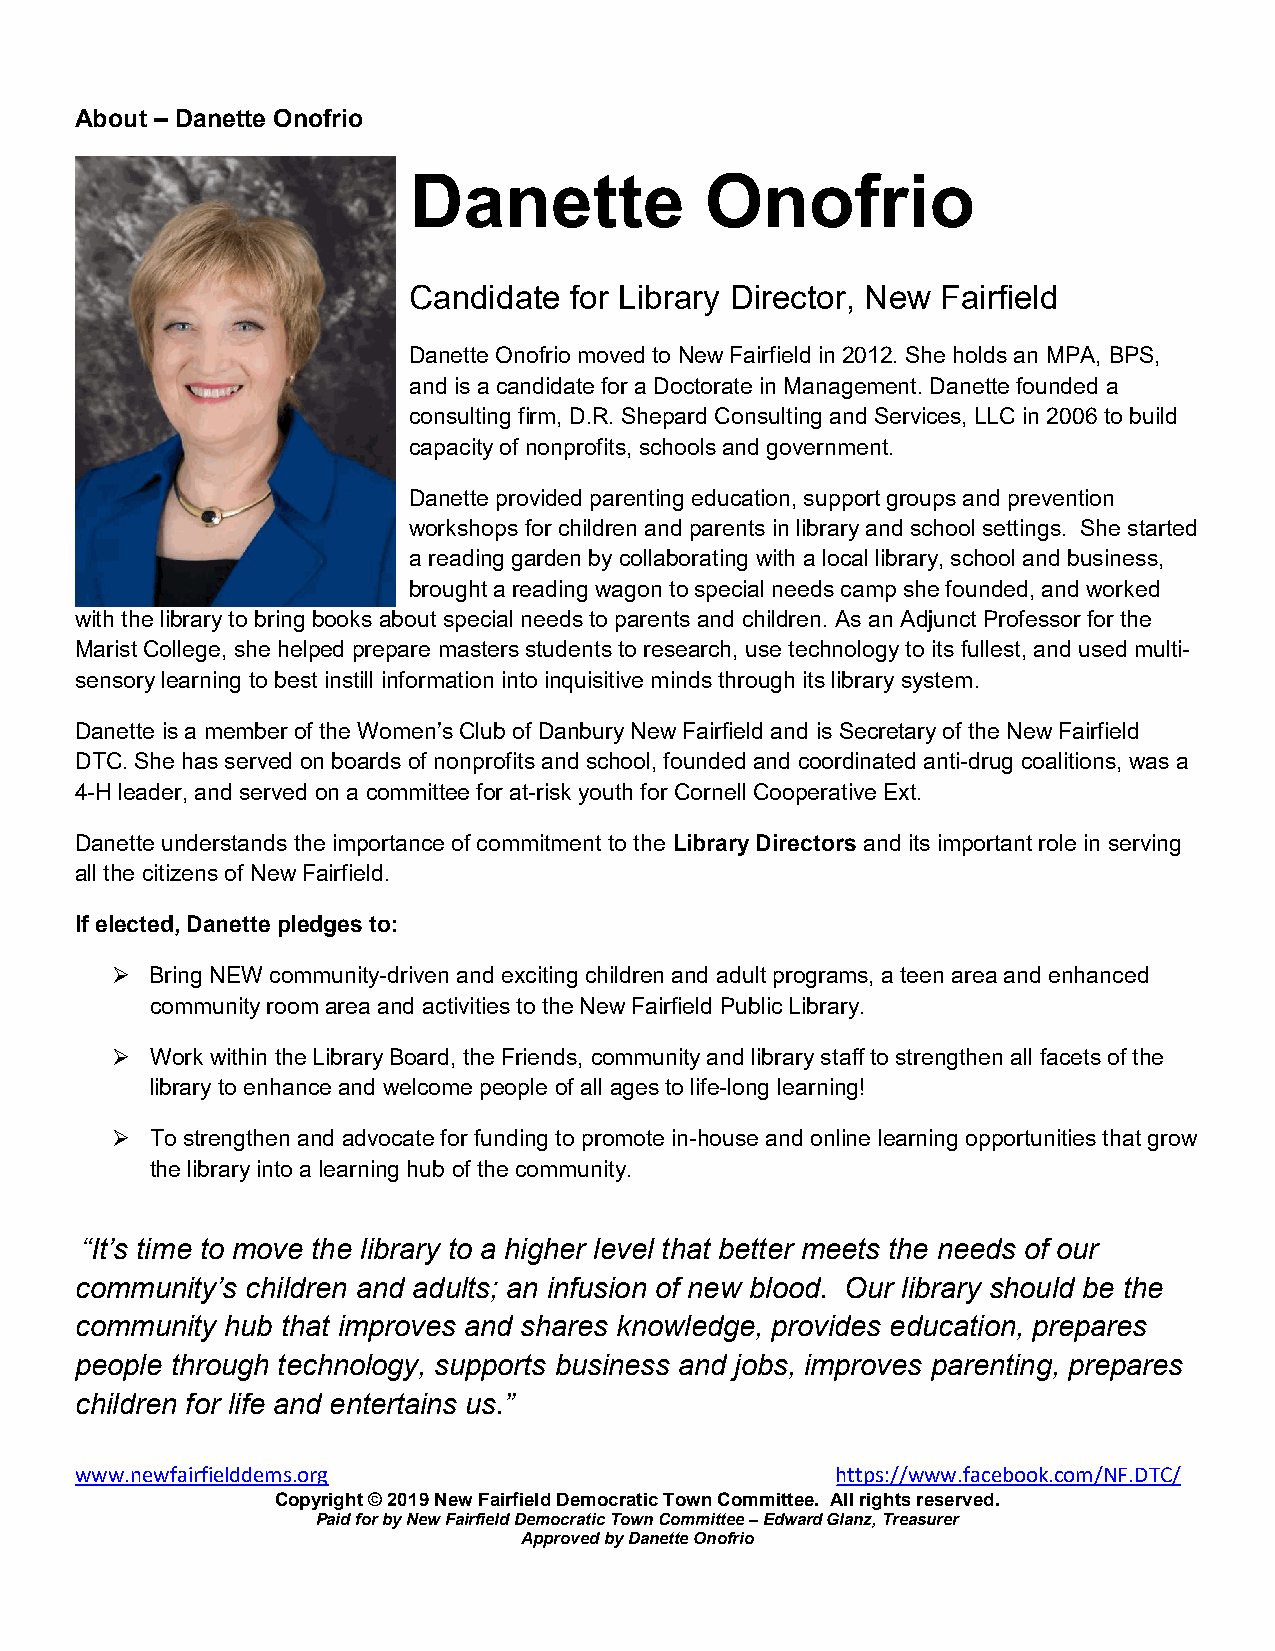
About – Danette Onofrio
 Danette             Onofrio
 Candidate  for Library Director, New Fairfield
 Danette Onofrio moved to New Fairfield in 2012. She holds an MPA, BPS,
 and is a candidate for a Doctorate in Management. Danette founded a
 consulting firm, D.R. Shepard Consulting and Services, LLC in 2006 to build
 capacity of nonprofits, schools and government.
 Danette provided parenting education, support groups and prevention
 workshops for children and parents in library and school settings. She started
 a reading garden by collaborating with a local library, school and business,
 brought a reading wagon to special needs camp she founded, and worked
 with the library to bring books about special needs to parents and children. As an Adjunct Professor for the
 Marist College, she helped prepare masters students to research, use technology to its fullest, and used multi-
 sensory learning to best instill information into inquisitive minds through its library system.
 Danette is a member of the Women’s Club of Danbury New Fairfield and is Secretary of the New Fairfield
 DTC. She has served on boards of nonprofits and school, founded and coordinated anti-drug coalitions, was a
 4-H leader, and served on a committee for at-risk youth for Cornell Cooperative Ext.
 Danette understands the importance of commitment to the Library Directors and its important role in serving
 all the citizens of New Fairfield.
 If elected, Danette pledges to:
   Bring NEW community-driven and exciting children and adult programs, a teen area and enhanced
 community room area and activities to the New Fairfield Public Library.
   Work within the Library Board, the Friends, community and library staff to strengthen all facets of the
 library to enhance and welcome people of all ages to life-long learning!
   To strengthen and advocate for funding to promote in-house and online learning opportunities that grow
 the library into a learning hub of the community.
 “It’s time to move the library to a higher level that better meets the needs of our
 community’s children and adults; an infusion of new blood. Our library should be the
 community hub that improves and shares knowledge, provides education, prepares
 people through technology, supports business and jobs, improves parenting, prepares
 children for life and entertains us.”
 www.newfairfielddems.org                          https://www.facebook.com/NF.DTC/
 Copyright © 2019 New Fairfield Democratic Town Committee. All rights reserved.
 Paid for by New Fairfield Democratic Town Committee – Edward Glanz, Treasurer
 Approved by Danette Onofrio